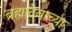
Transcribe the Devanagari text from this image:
ब्रह्मादेवाच्या